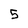
Character: 5